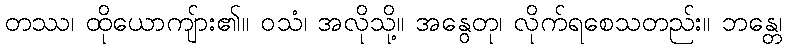
တဿ၊ ထိုယောကျ်ား၏။ ဝသံ၊ အလိုသို့။ အနွေတု၊ လိုက်ရစေသတည်း။ ဘန္တေ၊